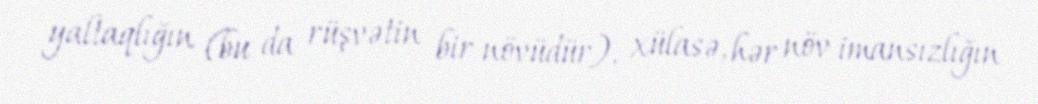
yaltaqlığın (bu da rüşvətin bir növüdür), xülasə, hər növ imansızlığın